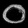
Digit: ၀